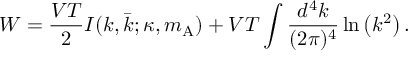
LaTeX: W = \frac { V T } { 2 } I ( k , \bar { k } ; \kappa , m _ { \mathrm { A } } ) + V T \int \frac { d ^ { 4 } k } { ( 2 \pi ) ^ { 4 } } \ln \left( k ^ { 2 } \right) .